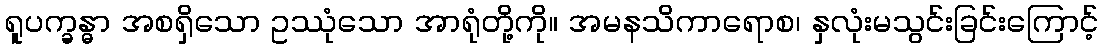
ရူပက္ခန္ဓာ အစရှိသော ဥဿုံသော အာရုံတို့ကို။ အမနသိကာရောစ၊ နှလုံးမသွင်းခြင်းကြောင့်